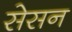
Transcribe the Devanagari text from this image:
सेसन